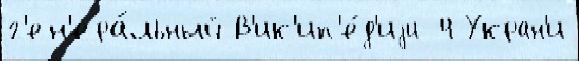
г'ен'ера́льный В'ик'ип'е́д'иjи 4 Укран'и